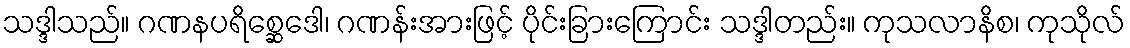
သဒ္ဒါသည်။ ဂဏနပရိစ္ဆေဒေါ၊ ဂဏန်းအားဖြင့် ပိုင်းခြားကြောင်း သဒ္ဒါတည်း။ ကုသလာနိစ၊ ကုသိုလ်